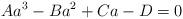
LaTeX: \begin{align*}Aa^3-Ba^2+Ca-D=0\end{align*}